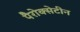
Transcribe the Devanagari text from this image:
पैरोक्सेटीन